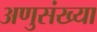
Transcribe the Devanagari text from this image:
अणुसंख्या